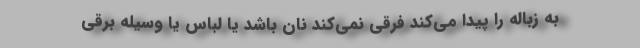
به زباله را پیدا می‌کند فرقی نمی‌کند نان باشد یا لباس یا وسیله برقی